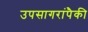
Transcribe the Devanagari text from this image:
उपसागरांपैकी